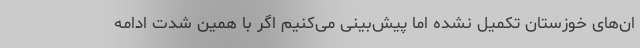
ان‌های خوزستان تکمیل نشده اما پیش‌بینی می‌کنیم اگر با همین شدت ادامه